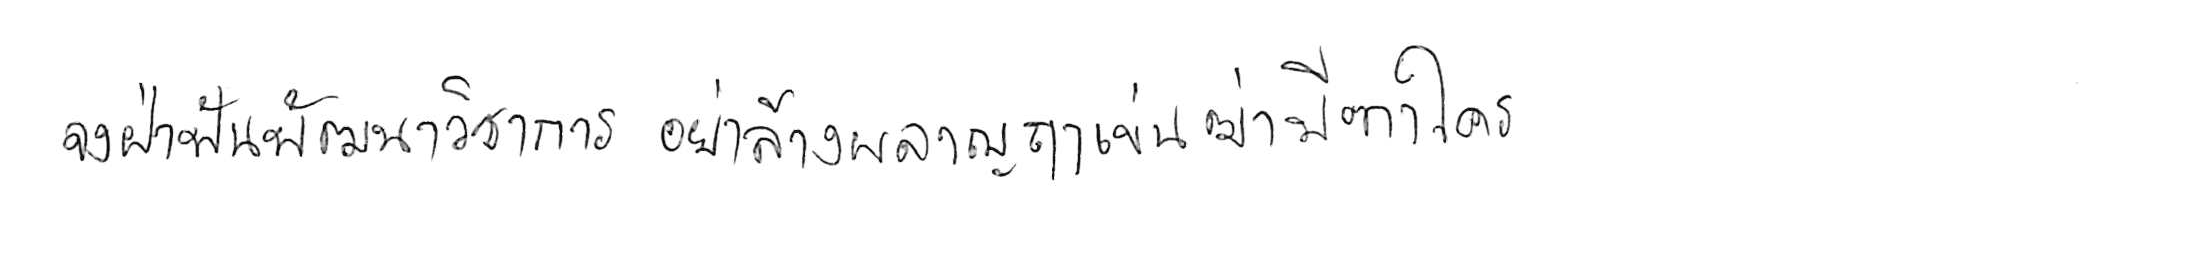
จงฝ่าฟันพัฒนาวิชาการ อย่าล้างผลาญฤๅเข่นฆ่าบีฑาใคร